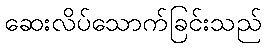
ဆေးလိပ်သောက်ခြင်းသည်